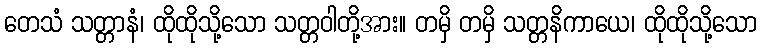
တေသံ သတ္တာနံ၊ ထိုထိုသို့သော သတ္တဝါတို့အား။ တမှိ တမှိ သတ္တနိကာယေ၊ ထိုထိုသို့သော